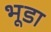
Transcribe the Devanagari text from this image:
भूडा